Report on horse surra - Volume II, Part I
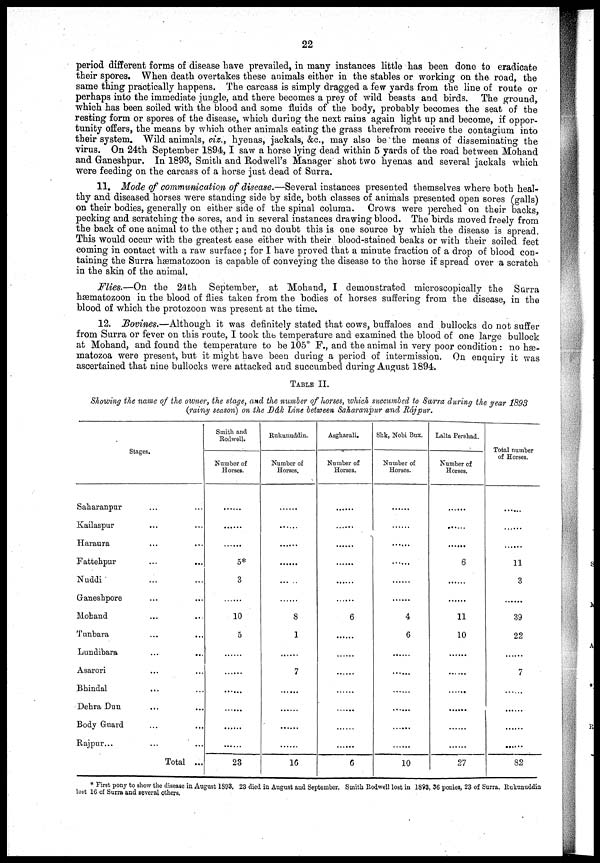
22
period different forms of disease have prevailed, in many instances little has been done to eradicate
their spores. When death overtakes these animals either in the stables or working on the road, the
same thing practically happens. The carcass is simply dragged a few yards from the line of route or
perhaps into the immediate jungle, and there becomes a prey of wild beasts and birds. The ground,
which has been soiled with the blood and some fluids of the body, probably becomes the seat of the
resting form or spores of the disease, which during the next rains again light up and become, if oppor-
tunity offers, the means by which other animals eating the grass therefrom receive the contagium into
their system. Wild animals, viz., hyenas, jackals, &c., may also be the means of disseminating the
virus. On 24th September 1894, I saw a horse lying dead within 5 yards of the road between Mohand
and Ganeshpur. In 1893, Smith and Rodwell's Manager shot two hyenas and several jackals which
were feeding on the carcass of a horse just dead of Surra.
11. Mode of communication of disease.—Several instances presented themselves where both heal-
thy and diseased horses were standing side by side, both classes of animals presented open sores (galls)
on their bodies, generally on either side of the spinal column. Crows were perched on their backs,
pecking and scratching the sores, and in several instances drawing blood. The birds moved freely from
the back of one animal to the other ; and no doubt this is one source by which the disease is spread.
This would occur with the greatest ease either with their blood-stained beaks or with their soiled feet
coming in contact with a raw surface ; for I have proved that a minute fraction of a drop of blood con-
taining the Surra hæmatozoon is capable of conveying the disease to the horse if spread over a scratch
in the skin of the animal.
Flies.—On the 24th September, at Mohand, I demonstrated microscopically the Surra
hæmatozoon in the blood of flies taken from the bodies of horses suffering from the disease, in the
blood of which the protozoon was present at the time.
12. Bovines.—Although it was definitely stated that cows, buffaloes and bullocks do not suffer
from Surra or fever on this route, I took the temperature and examined the blood of one large bullock
at Mohand, and found the temperature to be 105° F., and the animal in very poor condition : no hæ-
rnatozoa were present, but it might have been during a period of intermission. On enquiry it was
ascertained that nine bullocks were attacked and succumbed during August 1894.
TABLE II.
Showing the name of the owner, the stage, and the number of horses, which succumbed to Surra during the year 1893
(rainy season) on the Dák Line between Saharanpur and Rájpur.
Stages.
Saharanpur
Kailaspur
Haraura
Fattehpur
Nuddi
Ganeshpore
Mohand
Tunbara
Lundibara
Asarori
Bhindal
Dehra Dun
Body Guard
Rajpur...
...
...
...
...
...
...
...
...
...
...
...
...
...
...
...
...
...
...
....
...
...
...
...
...
....
...
...
...
Total ...
Smith and
Rodwell.
Number of
Horses.
....
....
....
5*
3
....
10
5
........
....
....
....
....
....
23
Rukunuddin.
Number of
Horses.
....
....
....
....
....
8
1
....
7
....
....
....
....
16
Asgharali.
Number of
Horses.
....
....
....
....
....
....
6
....
....
....
....
....
....
....
6
Shk, Nobi Bux.
Number of
Horses.
....
....
....
....
....
....
4
6
....
....
....
....
....
....
10
Lalta Pershad.
Number of
Horses.
....
....
....
6
....
....
11
10
....
....
....
....
....
....
27
Total number
of Horses.
....
....
....
11
3
....
39
22
....
7
....
....
....
....
82
* First pony to show the disease in August 1893. 23 died in August and September. Smith Rodwell lost in 1893, 36 ponies, 23 of Surra. Rukunuddin
lost 16 of Surra and several others.